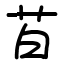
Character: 苩